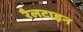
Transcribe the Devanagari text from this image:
रैलटाइन